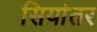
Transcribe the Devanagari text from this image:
सियांतर